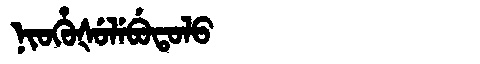
Manchu: ᠨᡳᠣᡥᡠᡧᡠᠯᡝᠪᡠᡨᠣᠯᠣ
Romanization: NIOHUŠULEBUTOLO